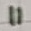
Text: 11